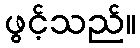
ဖွင့်သည်။